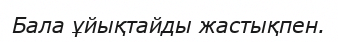
Бала ұйықтайды жастықпен.